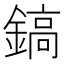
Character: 鎬